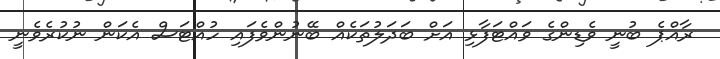
ރާއްޕެ ބުނީ ވެޑިންގެ ވައްޓަފާޅި އަށް ބަދަލުތަކެއް ބޭނުންވެފައި ހުއްޓަސް އެކަން ނުކުރެވެނީ